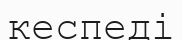
кеспеді